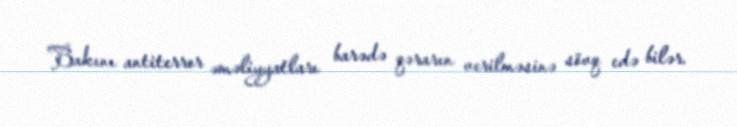
Bakını antiterror əməliyyatları barədə qərarın verilməsinə sövq edə bilər.